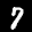
Label: 7